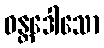
ဝန္တဒေါသော